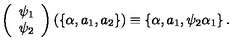
\left( \begin{array} { c } { \psi _ { 1 } } \\ { \psi _ { 2 } } \\ \end{array} \right) \left( \left\{ \alpha , a _ { 1 } , a _ { 2 } \right\} \right) \equiv \left\{ \alpha , a _ { 1 } , \psi _ { 2 } \alpha _ { 1 } \right\} .